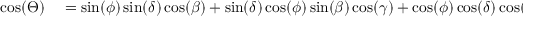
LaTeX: \begin{array} { r l } { \cos ( \Theta ) } & { { } = \sin ( \phi ) \sin ( \delta ) \cos ( \beta ) + \sin ( \delta ) \cos ( \phi ) \sin ( \beta ) \cos ( \gamma ) + \cos ( \phi ) \cos ( \delta ) \cos ( \beta ) \cos ( h ) } \end{array}